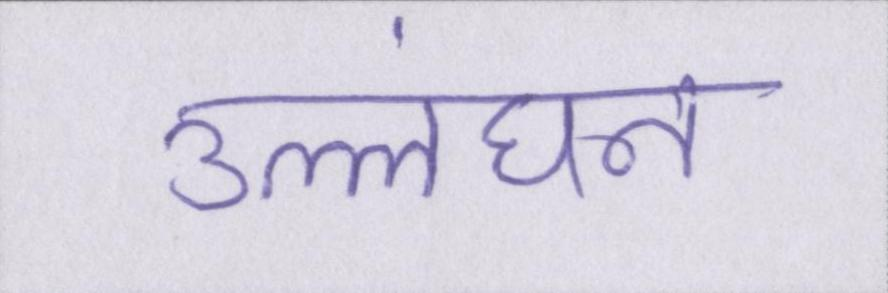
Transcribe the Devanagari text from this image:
उल्लंघन